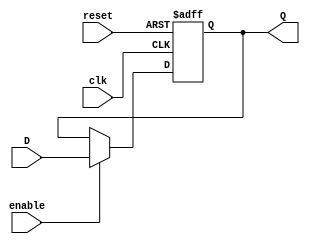
module flip_flop_register #(
    parameter N = 8  // Number of bits in the register
)(
    input wire clk,                // Clock signal
    input wire reset,              // Synchronous reset signal
    input wire enable,             // Enable signal
    input wire [N-1:0] D,          // Parallel input data
    output reg [N-1:0] Q           // Parallel output data
);

    // Sequential logic for the flip-flop register
    always @(posedge clk or posedge reset) begin
        if (reset) begin
            Q <= {N{1'b0}};         // Reset all bits to 0
        end else if (enable) begin
            Q <= D;                 // Capture input data on clock edge
        end
        // If enable is low, retain the previous value of Q
    end

endmodule